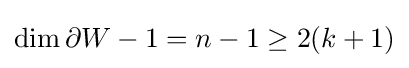
\dim \partial W-1=n-1\geq 2(k+1)